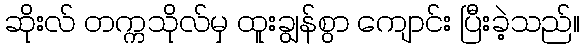
ဆိုးလ် တက္ကသိုလ်မှ ထူးချွန်စွာ ကျောင်း ပြီးခဲ့သည်။